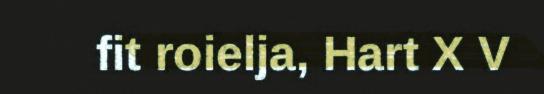
fit roielja, Hart X V